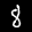
Label: 8